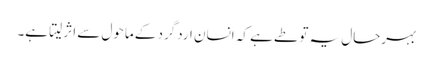
بہرحال یہ تو طے ہے کہ انسان اردگرد کے ماحول سے اثر لیتا ہے۔